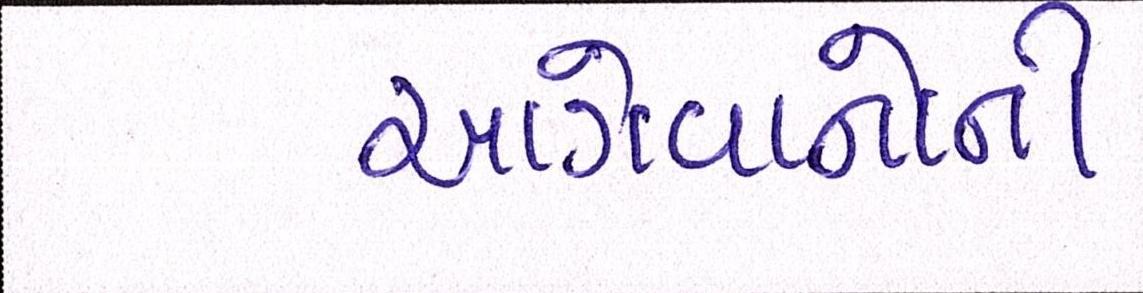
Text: આગેવાનોની